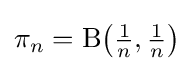
\pi _{n}=\mathrm {B} {\bigl (}{\tfrac {1}{n}},{\tfrac {1}{n}}{\bigr )}